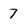
Character: 7